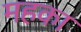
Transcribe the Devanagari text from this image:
महका